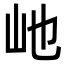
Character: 𪨥